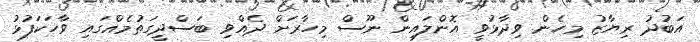
އަބުދު ރިޔާޒު މިހެން ވިދާޅުވީ އޮންލައިން ނޫސް މިހާރަށް ދެއްވި ބަސްދީގަތުމެއްގައި ވާހަކަފުޅު